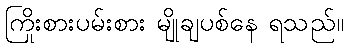
ကြိုးစားပမ်းစား မျိုချပစ်နေ ရသည်။